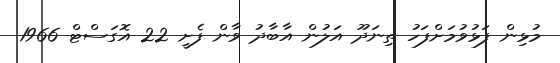
މުޅިން ފަޅުވުމަށްފަހު ތިނަދޫ އަލުން އާބާދު ވާން ފެށީ 22 އޮގަސްޓް 1966